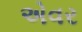
એવર